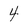
Character: 4